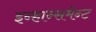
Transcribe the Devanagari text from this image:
इन्हान्समेन्ट